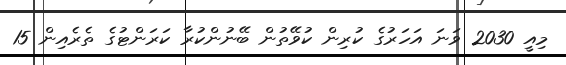
މިއީ 2030 ވަނަ އަހަރުގެ ކުރިން ކުވޭތުން ބޭނުންކުރާ ކަރަންޓުގެ ތެރެއިން 15